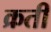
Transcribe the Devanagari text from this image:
क्रती